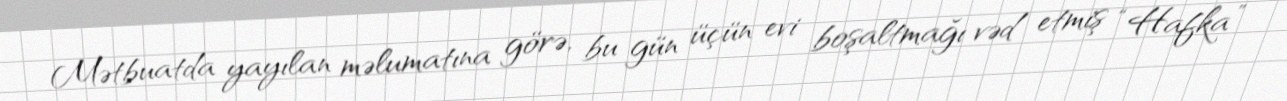
Mətbuatda yayılan məlumatına görə, bu gün üçün evi boşaltmağı vəd etmiş “Hafka”